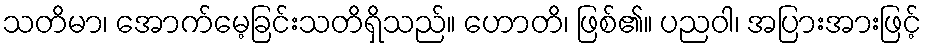
သတိမာ၊ အောက်မေ့ခြင်းသတိရှိသည်။ ဟောတိ၊ ဖြစ်၏။ ပညဝါ၊ အပြားအားဖြင့်